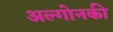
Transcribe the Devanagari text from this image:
अल्गोनकी